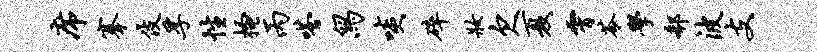
席搴伎孚性搔丙嗒舄啖碎妆欠夏霄苓学欷波支